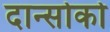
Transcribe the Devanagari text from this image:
दान्सोको